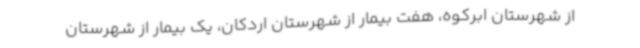
از شهرستان ابرکوه، هفت بیمار از شهرستان اردکان، یک بیمار از شهرستان